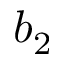
b _ { 2 }